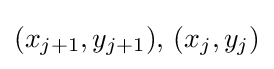
(x_{j+1},y_{j+1}),\,(x_{j},y_{j})